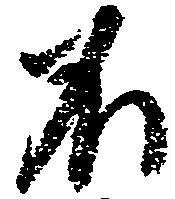
不